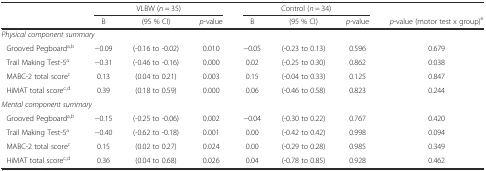
<table><thead><tr><td rowspan="2"></td><td colspan="3"><b>VLBW (<i>n</i> = 35)</b></td><td colspan="3"><b>Control (<i>n</i> = 34)</b></td><td></td></tr><tr><td><b>B</b></td><td><b>(95 % CI)</b></td><td><b><i>p</i>-value</b></td><td><b>B</b></td><td><b>(95 % CI)</b></td><td><b><i>p</i>-value</b></td><td><b><i>p</i>-value (motor test x group)<sup>e</sup></b></td></tr></thead><tbody><tr><td colspan="8"><i>Physical component summary</i></td></tr><tr><td> Grooved Pegboard<sup>a,b</sup></td><td>−0.09</td><td>(-0.16 to -0.02)</td><td>0.010</td><td>−0.05</td><td>(-0.23 to 0.13)</td><td>0.596</td><td>0.679</td></tr><tr><td> Trail Making Test-5<sup>a</sup></td><td>−0.31</td><td>(-0.46 to -0.16)</td><td>0.000</td><td>0.02</td><td>(-0.25 to 0.30)</td><td>0.862</td><td>0.038</td></tr><tr><td> MABC-2 total score<sup>c</sup></td><td>0.13</td><td>(0.04 to 0.21)</td><td>0.003</td><td>0.15</td><td>(-0.04 to 0.33)</td><td>0.125</td><td>0.847</td></tr><tr><td> HiMAT total score<sup>c,d</sup></td><td>0.39</td><td>(0.18 to 0.59)</td><td>0.000</td><td>0.06</td><td>(-0.46 to 0.58)</td><td>0.823</td><td>0.244</td></tr><tr><td colspan="8"><i>Mental component summary</i></td></tr><tr><td> Grooved Pegboard<sup>a,b</sup></td><td>−0.15</td><td>(-0.25 to -0.06)</td><td>0.002</td><td>−0.04</td><td>(-0.30 to 0.22)</td><td>0.767</td><td>0.420</td></tr><tr><td> Trail Making Test-5<sup>a</sup></td><td>−0.40</td><td>(-0.62 to -0.18)</td><td>0.001</td><td>0.00</td><td>(-0.42 to 0.42)</td><td>0.998</td><td>0.094</td></tr><tr><td> MABC-2 total score<sup>c</sup></td><td>0.15</td><td>(0.02 to 0.27)</td><td>0.024</td><td>0.00</td><td>(-0.29 to 0.28)</td><td>0.985</td><td>0.349</td></tr><tr><td> HiMAT total score<sup>c,d</sup></td><td>0.36</td><td>(0.04 to 0.68)</td><td>0.026</td><td>0.04</td><td>(-0.78 to 0.85)</td><td>0.928</td><td>0.462</td></tr></tbody></table>